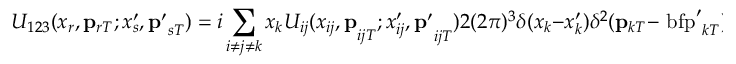
U _ { 1 2 3 } ( x _ { r } , \mathrm { { \bf p } } _ { r T } ; x _ { s } ^ { \prime } , \mathrm { { \bf p } ^ { \prime } } _ { s T } ) = i \sum _ { i \ne j \ne k } x _ { k } U _ { i j } ( { x _ { i j } , \mathrm { \bf p } } _ { i j T } ; { x _ { i j } ^ { \prime } , \mathrm { \bf p } ^ { \prime } } _ { i j T } ) 2 ( 2 \pi ) ^ { 3 } \delta ( x _ { k } - x _ { k } ^ { \prime } ) \delta ^ { 2 } ( \mathrm { { \bf p } } _ { k T } - \mathrm { { \ b f p } ^ { \prime } } _ { k T } ) ,